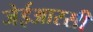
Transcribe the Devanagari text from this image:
जेईआरसी